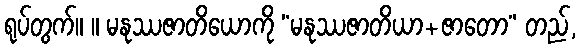
ရုပ်တွက်။ ။ မနုဿဇာတိယောကို “မနုဿဇာတိယာ+ဇာတော” တည်,